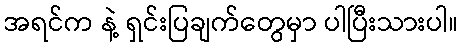
အရင်က နဲ့ ရှင်းပြချက်တွေမှာ ပါပြီးသားပါ။